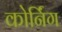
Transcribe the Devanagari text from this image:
कोर्निंग